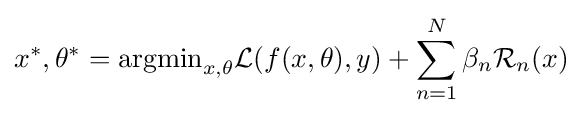
x^{*},\theta ^{*}={\text{argmin}}_{x,\theta }{\mathcal {L}}(f(x,\theta ),y)+\sum _{n=1}^{N}\beta _{n}{\mathcal {R}}_{n}(x)